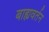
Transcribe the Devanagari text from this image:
बाह्यवर्तन